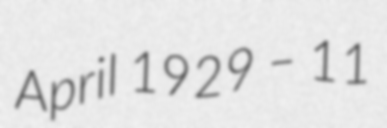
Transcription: April 1929 – 11